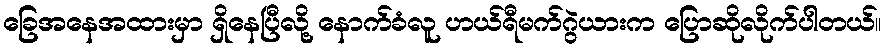
ခြေအနေအထားမှာ ရှိနေပြီလို့ နောက်ခံလူ ဟယ်ရီမက်ဂွဲယားက ပြောဆိုလိုက်ပါတယ်။